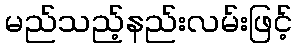
မည်သည့်နည်းလမ်းဖြင့်